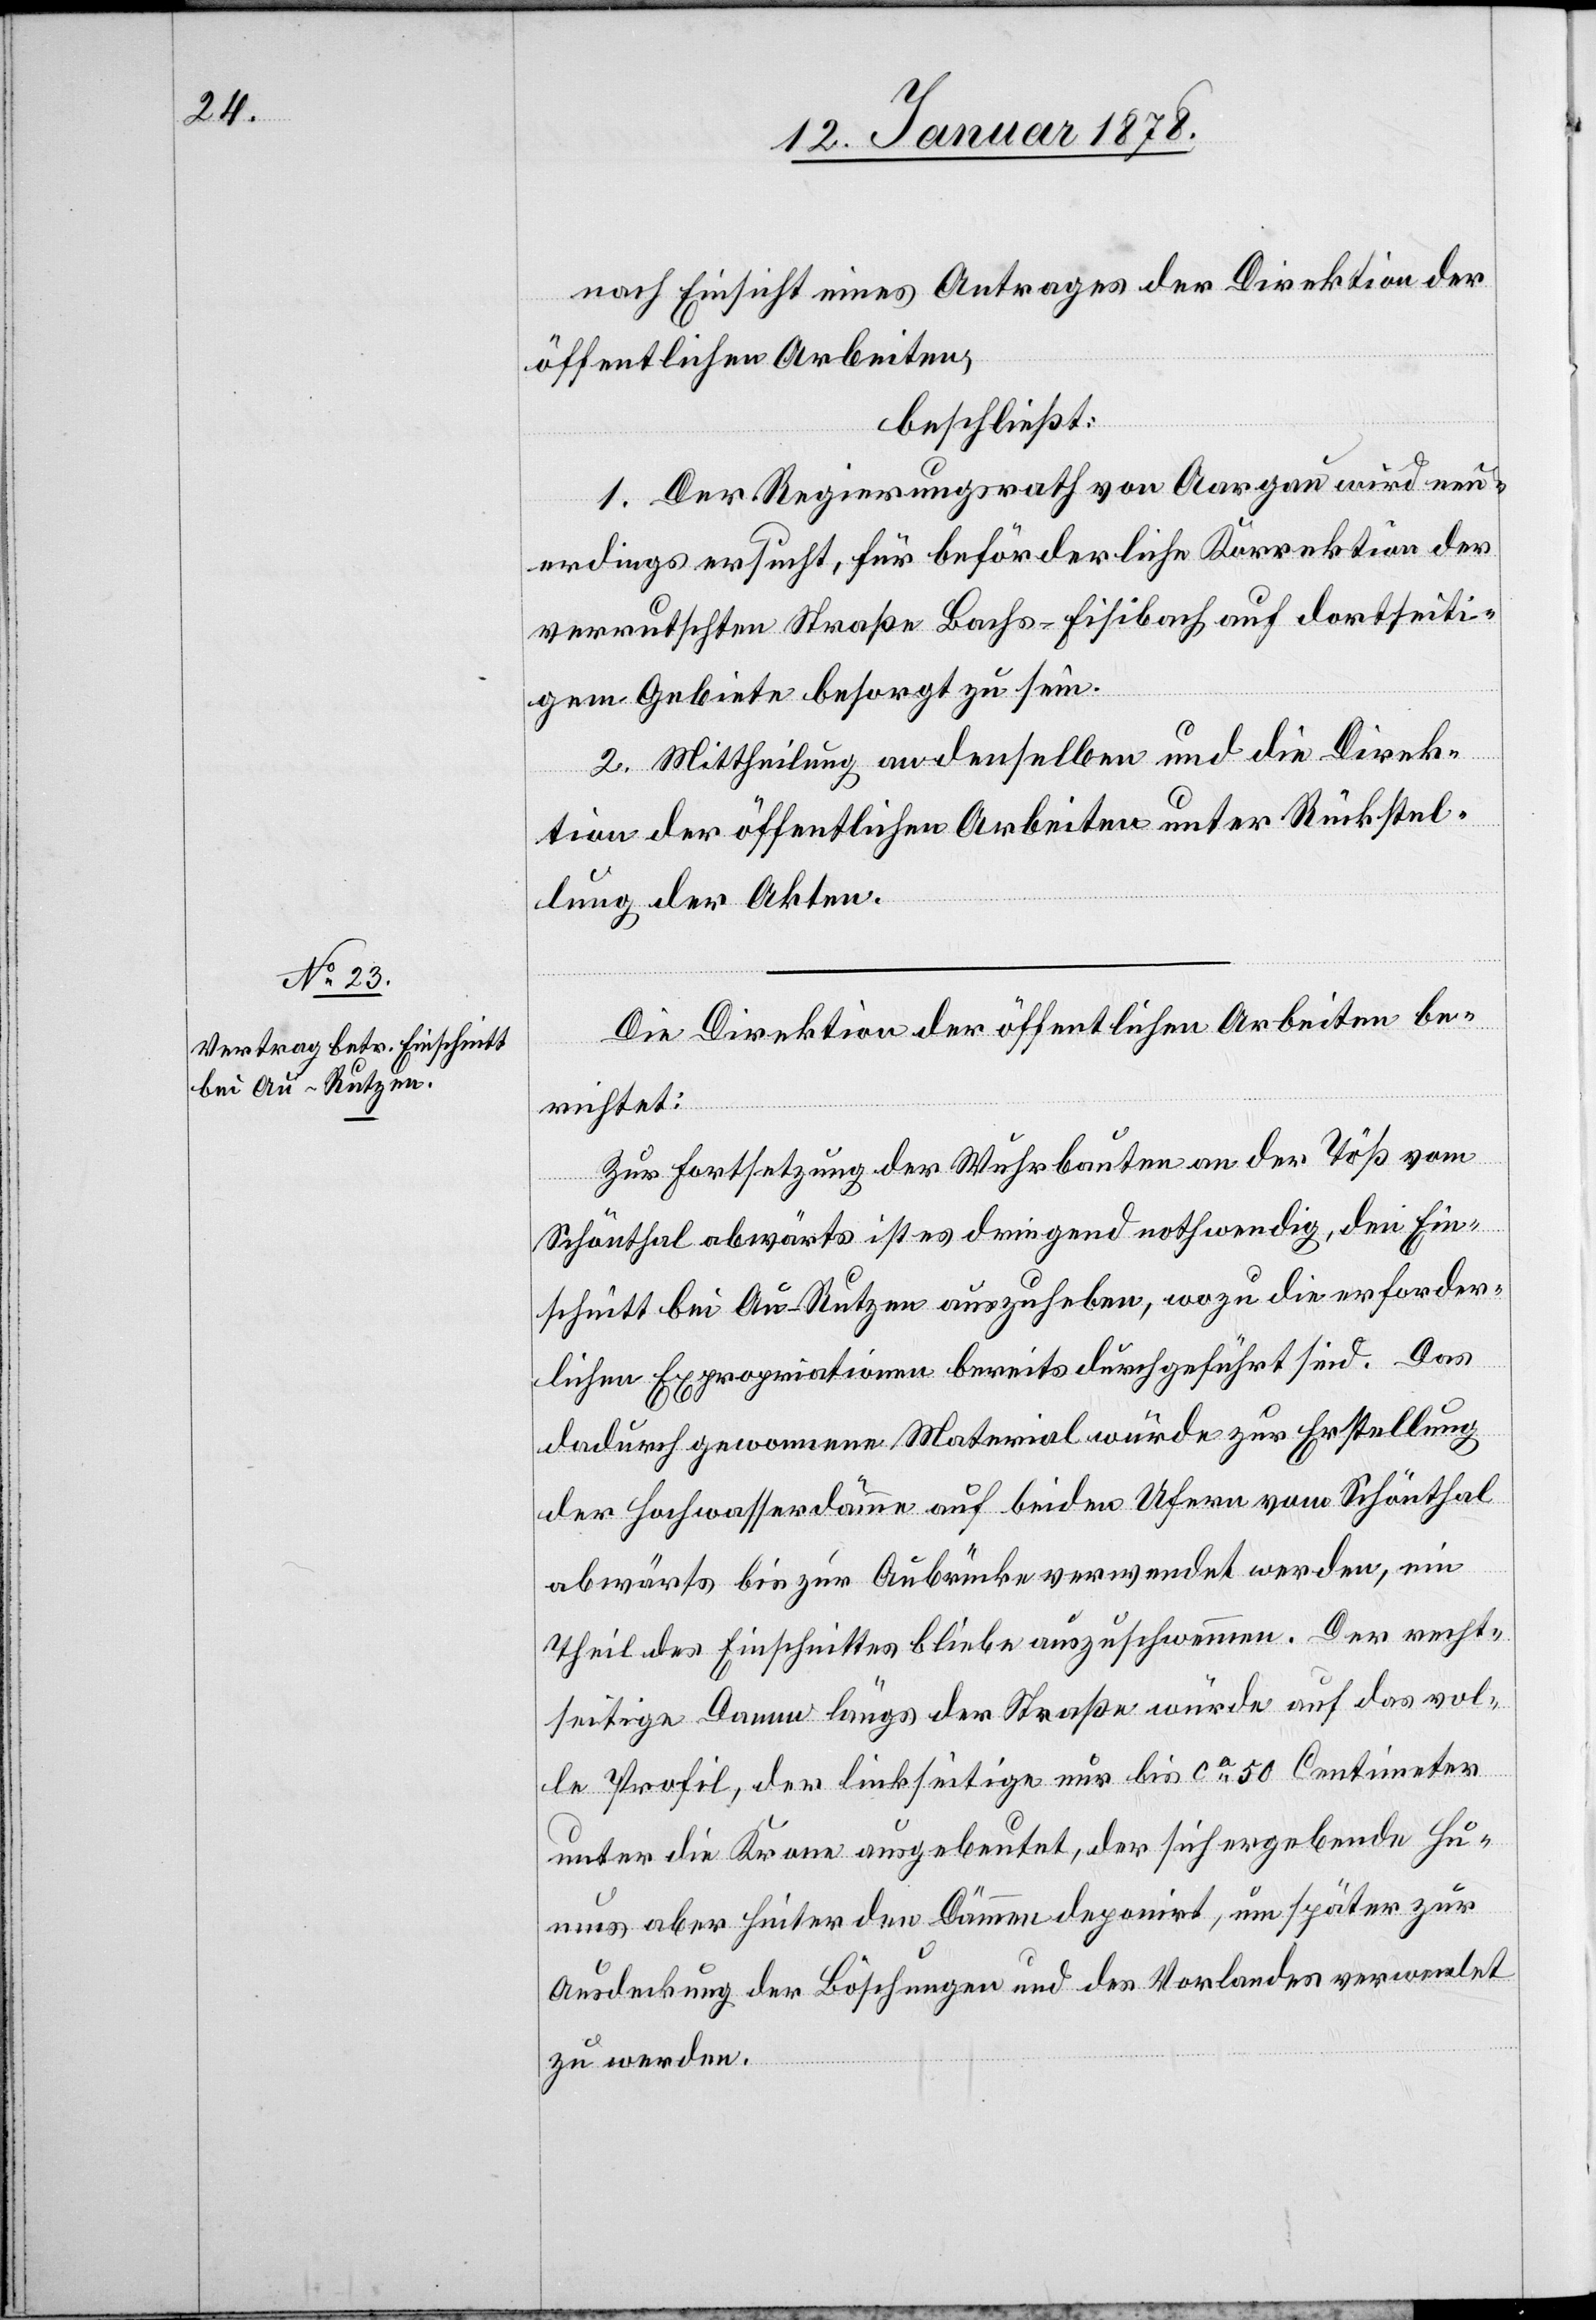
nach Einsicht eines Antrages der Direktion der
öffentlichen Arbeiten,
beschließt:
1. Der Regierungsrath von Aargau wird neu¬
erdings ersucht, für beförderliche Korrektion der
verrutschten Straße Bachs–Fisibach auf dortseiti¬
gem Gebiete besorgt zu sein.
2. Mittheilung an denselben und die Direk¬
tion der öffentlichen Arbeiten unter Rückstel¬
lung der Akten.
Die Direktion der öffentlichen Arbeiten be¬
richtet:
Zur Fortsetzung der Wuhrbauten an der Töß vom
Schäuthal abwärts ist es dringend nothwendig, den Ein¬
schnitt bei Au - Rutzen auszuheben, wozu die erforder¬
lichen Expropriationen bereits durchgeführt sind. Das
dadurch gewonnene Material würde zur Erstellung
der Hochwasserdämme auf beiden Ufern vom Schönthal
abwärts bis zur Aubänke verwendet werden, ein
Theil des Einschnittes bliebe aufzuschwemmen. Der recht¬
seitige Damm längs der Straße würde auf das vol¬
le Profil, der linkseitige nur bis ca 50 Centimeter
unter die Krone ausgebeutet, der sich ergebende Hu¬
mus aber hinter die Dämme deponirt, um später zur
Ausdeckung der Böschungen und des Vorlandes verwendet
zu werden.